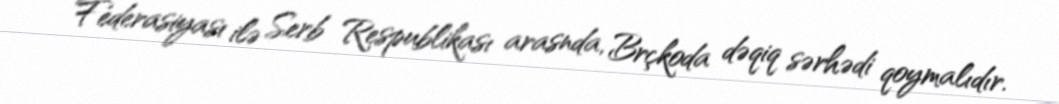
Federasiyası ilə Serb Respublikası arasnda, Brçkoda dəqiq sərhədi qoymalıdır.